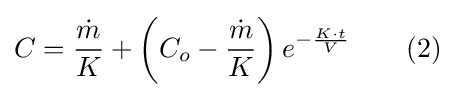
C={\frac {\dot {m}}{K}}+\left(C_{o}-{\frac {\dot {m}}{K}}\right)e^{-{\frac {K\cdot t}{V}}}\qquad (2)